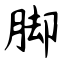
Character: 脚